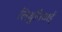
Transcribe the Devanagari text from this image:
लिथुनियाई